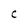
Character: C